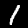
Digit: 1